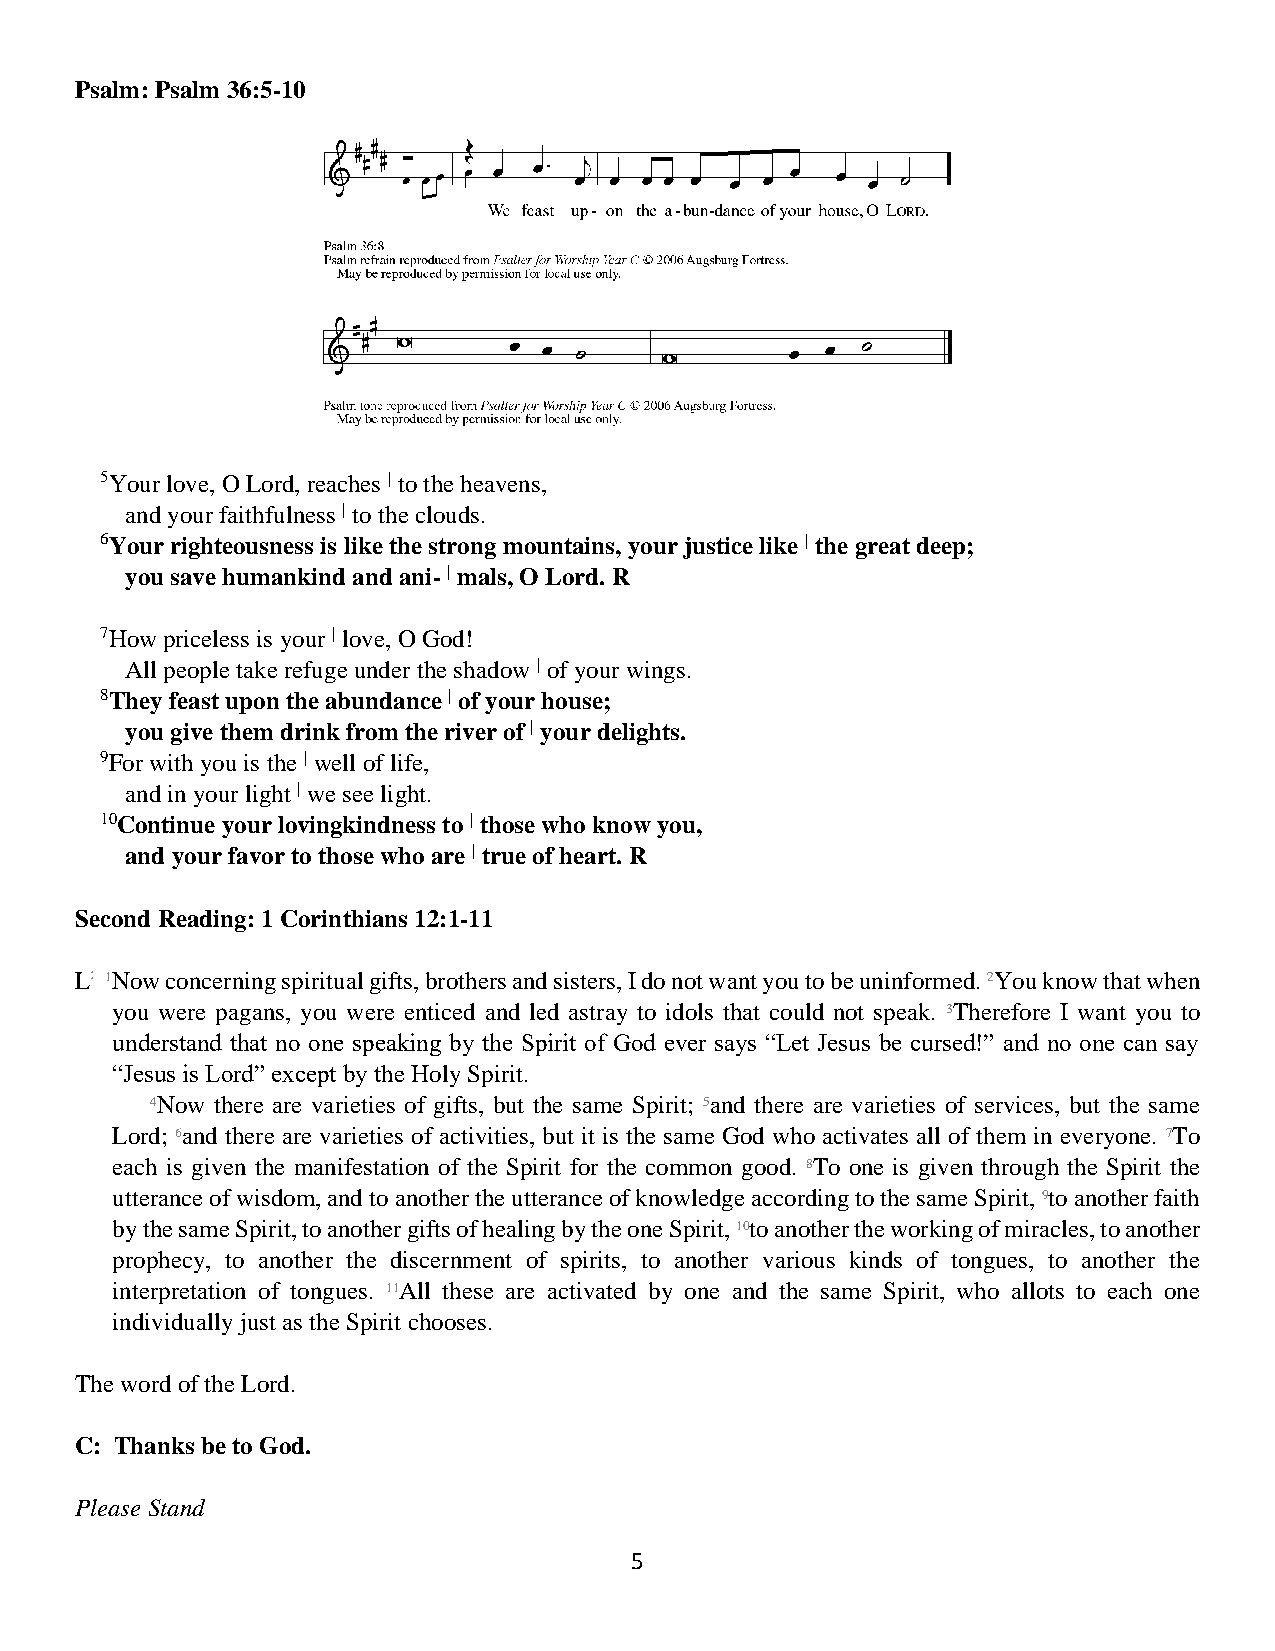
Psalm: Psalm 36:5-10
 5Your love, O Lord, reaches | to the heavens,
 and your faithfulness | to the clouds.
 6Your righteousness is like the strong mountains, your justice like | the great deep;
 you save humankind and ani- | mals, O Lord. R
 7How priceless is your | love, O God!
 All people take refuge under the shadow | of your wings.
 8They feast upon the abundance | of your house;
 you give them drink from the river of | your delights.
 9For with you is the | well of life,
 and in your light | we see light.
 10Continue your lovingkindness to | those who know you,
 and your favor to those who are | true of heart. R
 Second Reading: 1 Corinthians 12:1-11
 L: 1Now concerning spiritual gifts, brothers and sisters, I do not want you to be uninformed. 2You know that when
 you were pagans, you were enticed and led astray to idols that could not speak. 3Therefore I want you to
 understand that no one speaking by the Spirit of God ever says “Let Jesus be cursed!” and no one can say
 “Jesus is Lord” except by the Holy Spirit.
 4Now there are varieties of gifts, but the same Spirit; 5and there are varieties of services, but the same
 Lord; 6and there are varieties of activities, but it is the same God who activates all of them in everyone. 7To
 each is given the manifestation of the Spirit for the common good. 8To one is given through the Spirit the
 utterance of wisdom, and to another the utterance of knowledge according to the same Spirit, 9to another faith
 by the same Spirit, to another gifts of healing by the one Spirit, 10to another the working of miracles, to another
 prophecy, to another the discernment of spirits, to another various kinds of tongues, to another the
 interpretation of tongues. 11All these are activated by one and the same Spirit, who allots to each one
 individually just as the Spirit chooses.
 The word of the Lord.
 C: Thanks be to God.
 Please Stand
 5